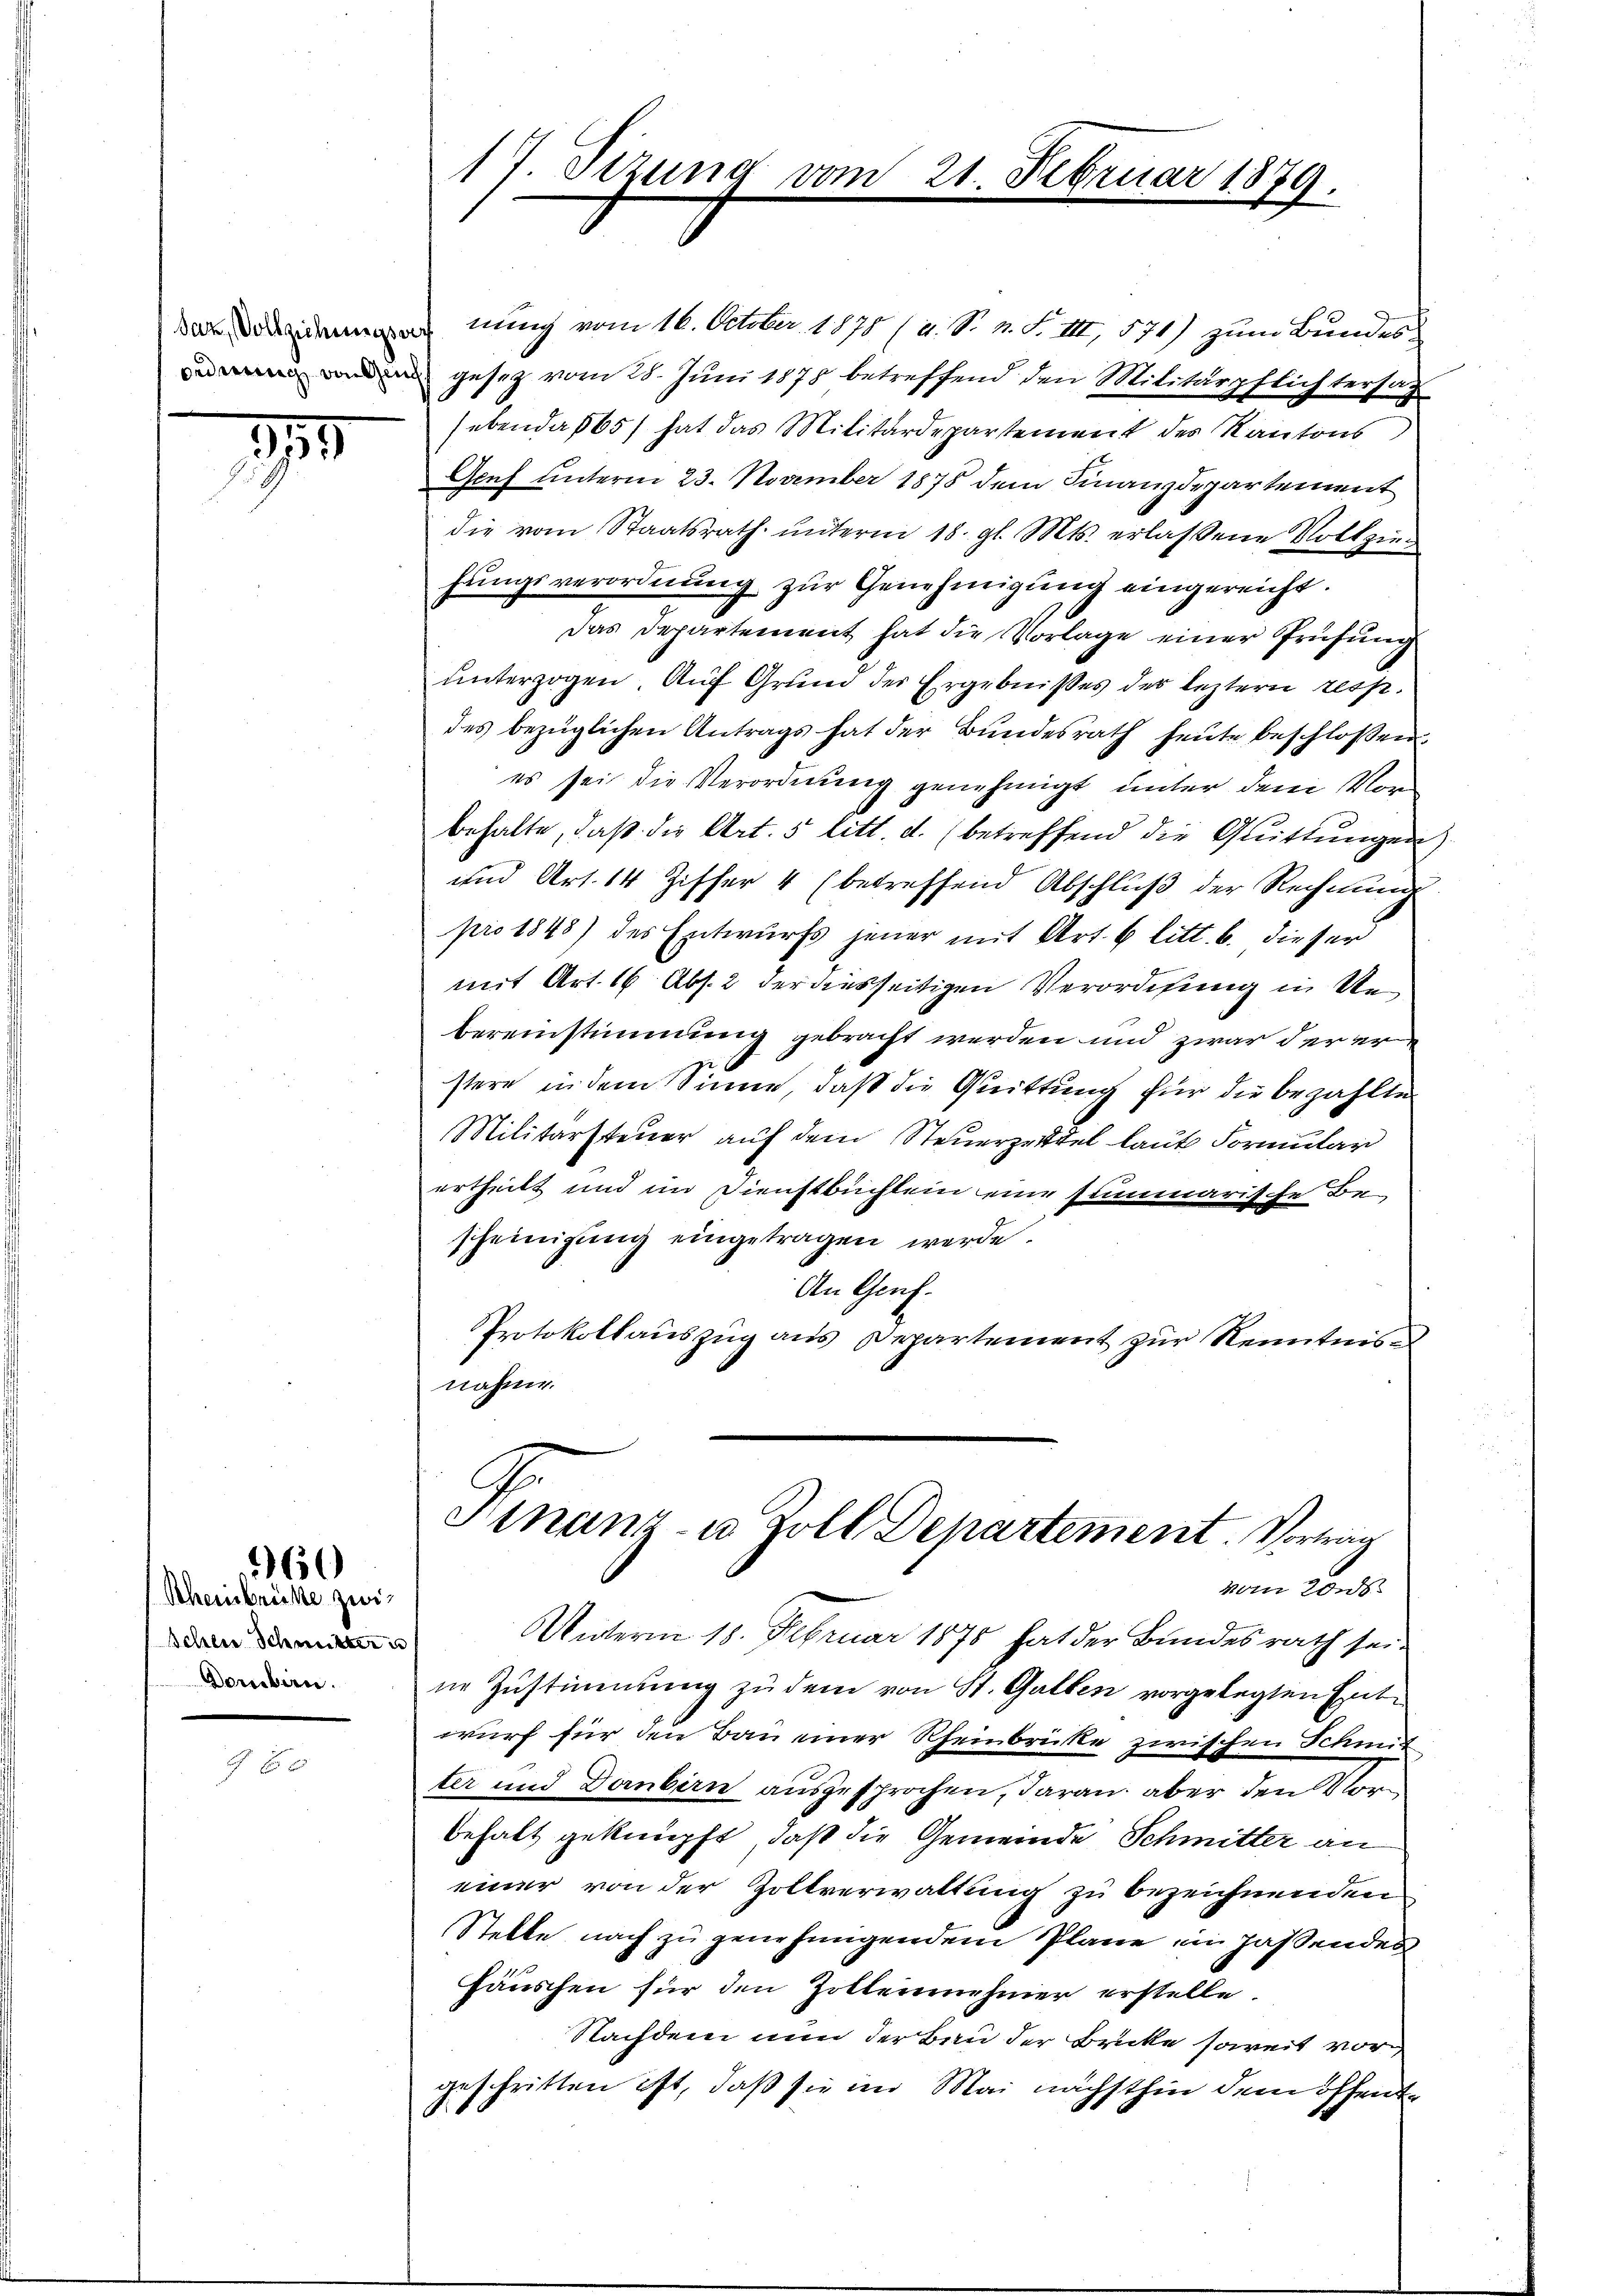
d

Rheinbrücke zwi¬
Ichen Schmitter u
Dambirn.

360

17 Sizung vom

21. Februar 1879.

danung vom 16. October. 1878 / u. S. n. F. III, 571) zum Bundes
 den gesetz vom 28. Juni 1878 betreffend den Militärpflichtersag
hebende 165) hat das Militärdepartement des Kantons
Genf unterm 23. November 1878 dem Finanzdepartement
die vom Staatsrath unterm 18. gl. Mts. erlaßene Vollziehungsverordnung zur Genehmigung eingereicht.
Das Departement hat die Vorlage einer Prüfung
unterzogen. Auf Grund der Ergebnisses der leztern resp.
des bezüglichen Antrags hat der Bŭndesrath heute beschlossen,
es sei die Verordnung genehmigt unter dem Vorbehalte, daß die Art. 5 litt. d. (betreffend die Quittungen
und Art. 14 Ziffer 4 (betreffend Abschlŭβ der Rechnŭng.
pro 1848) des Entwurfs jener mit Art. 6 litt. b. dieser
mit Art. 16 Abs. 2 der diesseitigen Verordnung in Uebereinstimmung gebracht werden und zwar der er
stere in dem Sinne, daß die Quittung für die bezahlte
Militarsteuer auf dem Steuerzeittel laut Formular
ertheilt und im Dienstbüchlein eine summarische Bescheinigung eingetragen werde.
An Genf.
PProtokollauszug aus Departement zur Kenntnis
nahme.

Hinanz- u. Zoll Departement. Vorwan
vom Londs.

Unterm 18. Februar 1875 hat der Bundesrath seine Zustimmung zu dem von St. Galben vorgelegten Entwurf für den Bau einer Rheinbrücke zwischen Schmit
ter und Dornbern ausgesprochen, daran, aber den Vorbehalt geknüpft, daß die Gemeinde Schmitter an
einer von der Zollverwaltung zu bezeichnenden
Stelle nach zu genehmigendem Plane ein passendes
Häuschen für den Zollennehmer erstelle.
Nachdem nun der Bau der Brücke soweit vorgeschritten ist, daß sie im Mai nächsthin dem öffent¬